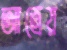
আত্রেয়